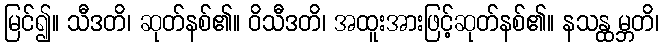
မြင်၍။ သီဒတိ၊ ဆုတ်နစ်၏။ ဝိသီဒတိ၊ အထူးအားဖြင့်ဆုတ်နစ်၏။ နသန္ထမ္ဘတိ၊